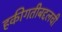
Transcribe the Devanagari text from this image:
हकीगतीबद्दलची